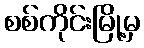
စစ်ကိုင်းမြို့မှ